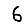
Digit: 6